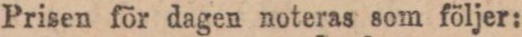
Prisen för dagen noteras som följer: